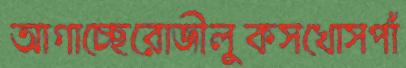
আগাচ্ছেরোজীলুকসখোসপাঁ